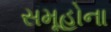
સમૂહોના